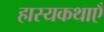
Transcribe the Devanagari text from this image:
हास्यकथाएँ